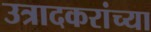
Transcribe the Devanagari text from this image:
उत्रादकरांच्या